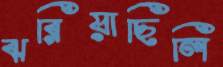
ঝরিয়াছিলি